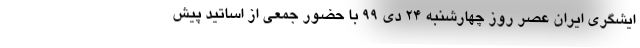
ایشگری ایران عصر روز چهارشنبه ٢۴ دی ٩٩ با حضور جمعی از اساتید پیش